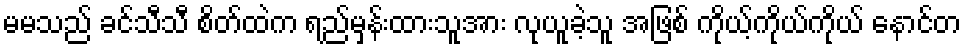
မမသည် ခင်သီသီ စိတ်ထဲက ရည်မှန်းထားသူအား လုယူခဲ့သူ အဖြစ် ကိုယ့်ကိုယ်ကိုယ် နောင်တ